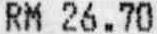
RM 26.70